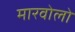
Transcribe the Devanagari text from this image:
मारवोलो